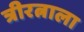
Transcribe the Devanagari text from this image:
त्रीरत्नाला